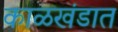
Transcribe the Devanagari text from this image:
काळखंडात